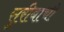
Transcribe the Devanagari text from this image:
सुरीबाची